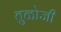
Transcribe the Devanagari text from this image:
तुळोजी